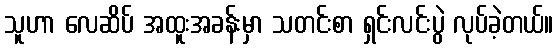
သူဟာ လေဆိပ် အထူးအခန်းမှာ သတင်းစာ ရှင်းလင်းပွဲ လုပ်ခဲ့တယ်။